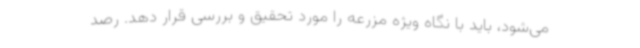
می‌شود، باید با نگاه ویژه مزرعه را مورد تحقیق و بررسی قرار دهد. رصد